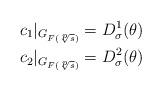
\begin{align*} c_1|_{G_{F(\sqrt[p]{s})}} & = D_\sigma^1(\theta) \\ c_2|_{G_{F(\sqrt[p]{s})}} & = D_\sigma^2(\theta)\end{align*}